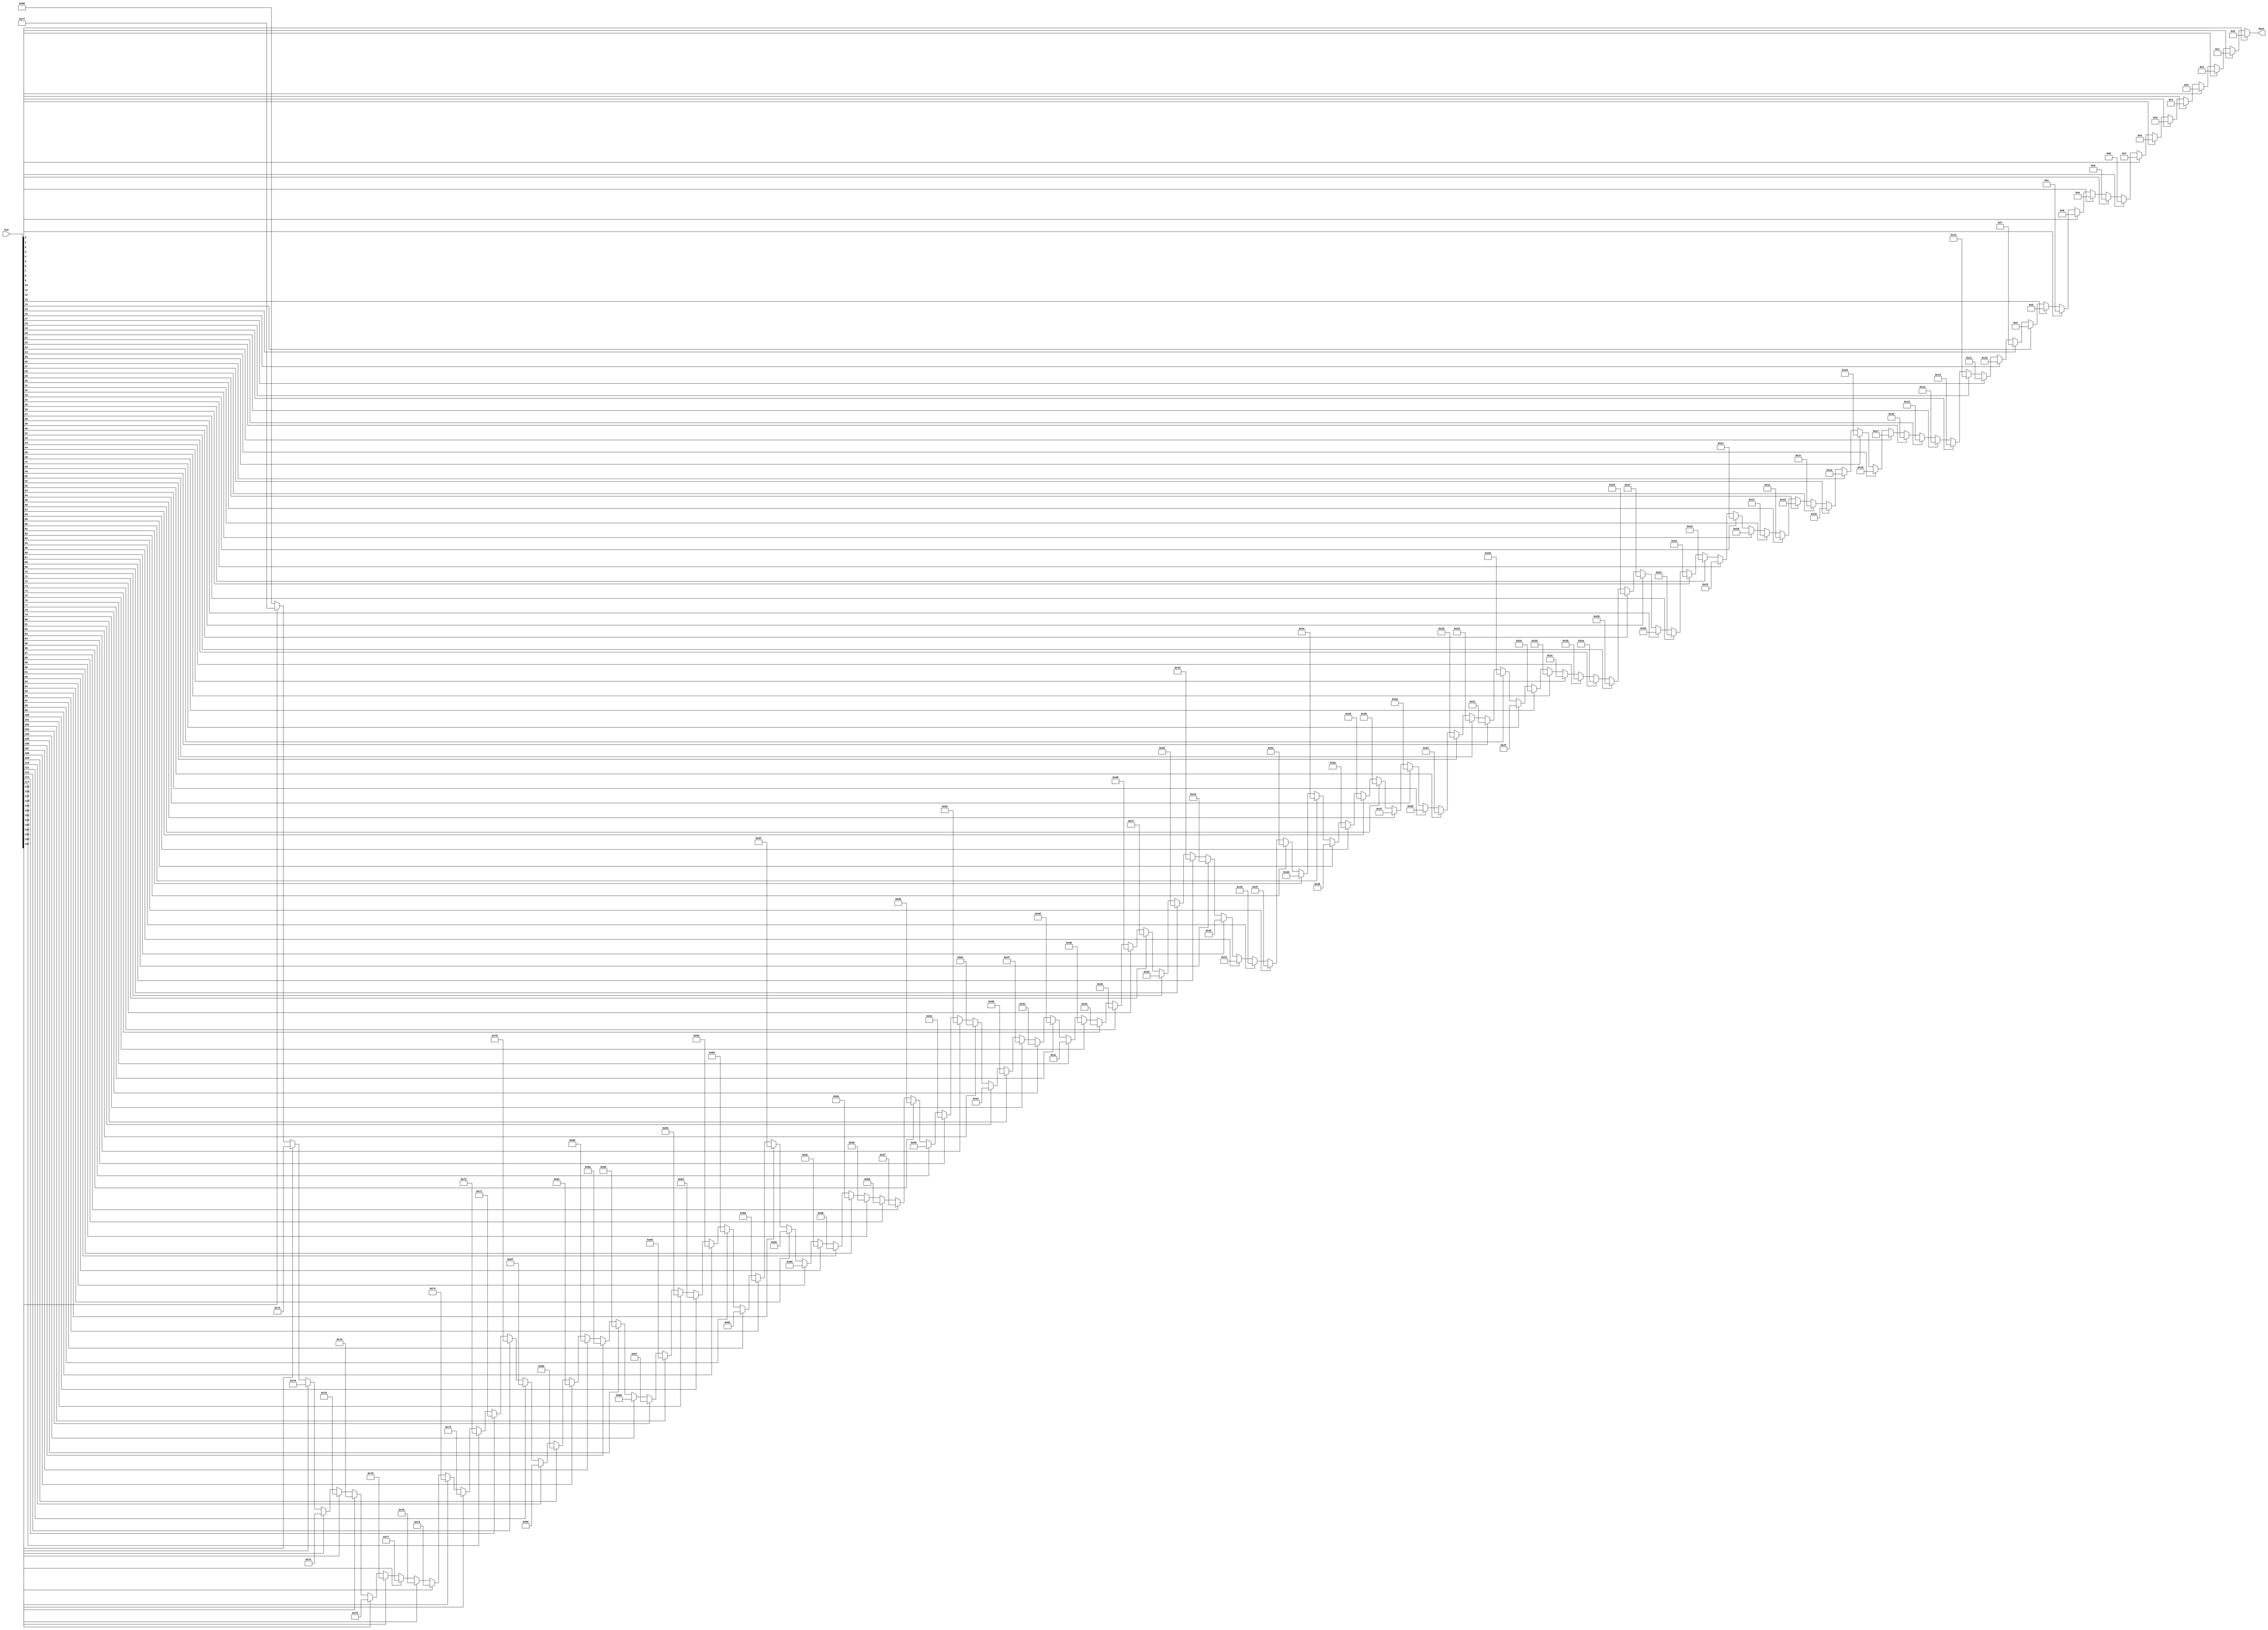
`timescale 1ns / 1ps
//==================================================================================================
//  Version       : V 1.0
//  Description   : detect lowest high bit
//  Modification  : 
//
//==================================================================================================

module DETECT_LOWEST_HIGH(
    // INPUTS
        Din,           // 128bits
    // OUTPUTS        
        Dout          // 8 bits, MSB = 1 =>none of 1
    );
    input [127:0] Din;
    output [7:0] Dout;
    
    reg [7:0] Dout;
    
    integer i;
    always@(*)begin
        Dout = 8'b1000_0000;
        for(i=127;i>=0;i=i-1)
            if(Din[i]==1'b1)
                Dout = i;
            else
                Dout = Dout;
    end    
endmodule